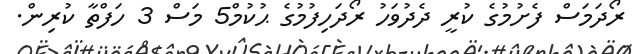
ރޯދަމަސް ފެށުމުގެ ކުރީ ދެދުވަހު ރޯދަހިފުމުގެ ޙުކުމް5 މަސް 3 ހަފްތާ ކުރިން.